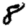
Digit: 8